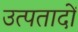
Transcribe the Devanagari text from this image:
उत्पतादों